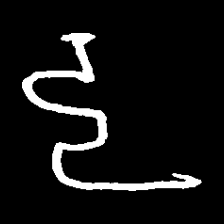
Pyu character \u2014 Myanmar letter: ဠ (romanized: lla)